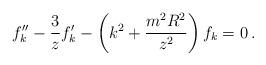
LaTeX: \begin{align*} f_k '' - {3\over z}f_k ' - \left( k^2 + {m^2 R^2\over z^2}\right)f_k = 0\,.\end{align*}